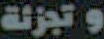
وتجزئة